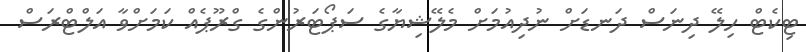
ޓިކެޓް ހިލޭ ދިނަސް ދަނޑަށް ނުދިއުމަށް މެލޭޝިޔާގެ ސަޕޯޓަރުންގެ ގްރޫޕެއް ކަމަށްވާ އަލްޓްރަސް